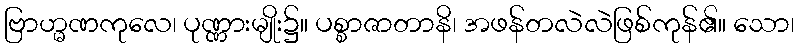
ဗြာဟ္မဏကုလေ၊ ပုဏ္ဏားမျိုး၌။ ပစ္စာဇာတာနိ၊ အဖန်တလဲလဲဖြစ်ကုန်၏။ သော၊